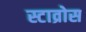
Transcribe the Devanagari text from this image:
स्टाव्रोस